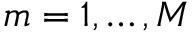
m = 1 , \dots , M